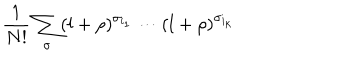
\frac { 1 } { N ! } \sum _ { \sigma } ( l + \rho ) ^ { \sigma _ { i _ { 1 } } } \cdots ( l + \rho ) ^ { \sigma _ { i _ { k } } }